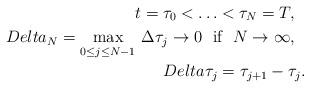
LaTeX: \begin{align*}t=\tau_0<\ldots <\tau_N=T,\ \ \\Delta_N=\hbox{\vtop{\offinterlineskip\halign{\hfil#\hfil\cr{\rm max}\cr$\stackrel{}{{}_{0\le j\le N-1}}$\cr}} }\Delta\tau_j\to 0\ \ \hbox{if}\ \ N\to \infty,\ \ \\Delta\tau_j=\tau_{j+1}-\tau_j.\end{align*}